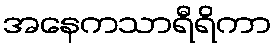
အနေကသာရီရိကာ